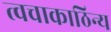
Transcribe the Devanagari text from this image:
त्वचाकाठिन्य